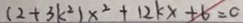
( 2 + 3 k ^ { 2 } ) x ^ { 2 } + 1 2 k x + 6 = 0